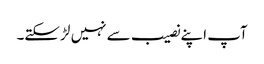
آپ اپنے نصیب سے نہیں لڑ سکتے۔